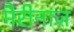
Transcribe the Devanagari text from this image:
मैरीनाज़